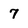
Character: 7